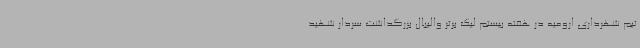
تیم شهرداری ارومیه در هفته بیستم لیگ برتر والیبال بزرگداشت سردار شهید